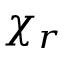
\chi _ { r }